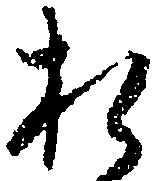
お